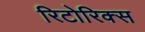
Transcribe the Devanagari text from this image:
रिटोरिक्स